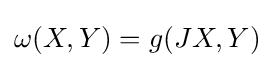
\omega (X,Y)=g(JX,Y)